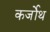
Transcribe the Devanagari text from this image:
कर्जोथ